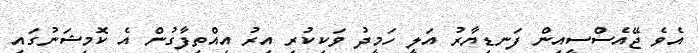
އެވެ ޖޭއެސްސީއިން ފަނޑިޔާރު އަލީ ހަމީދު ވަކިކުރި އިރު އިއްތިފާގުން އެ ކޮމިޝަނުގައި